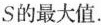
S的最大值.